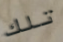
تلك